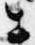
公